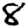
Digit: 8